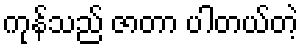
ကုန်သည် ဇာတာ ပါတယ်တဲ့